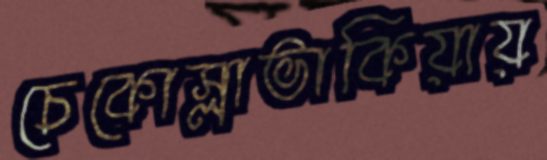
চেকোস্লাভাকিয়ায়